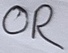
Text: OR